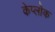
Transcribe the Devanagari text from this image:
केप्लोक